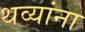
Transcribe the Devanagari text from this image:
थव्यांना